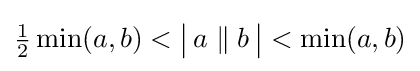
{\tfrac {1}{2}}\min(a,b)<{\big |}\,a\parallel b\,{\big |}<\min(a,b)